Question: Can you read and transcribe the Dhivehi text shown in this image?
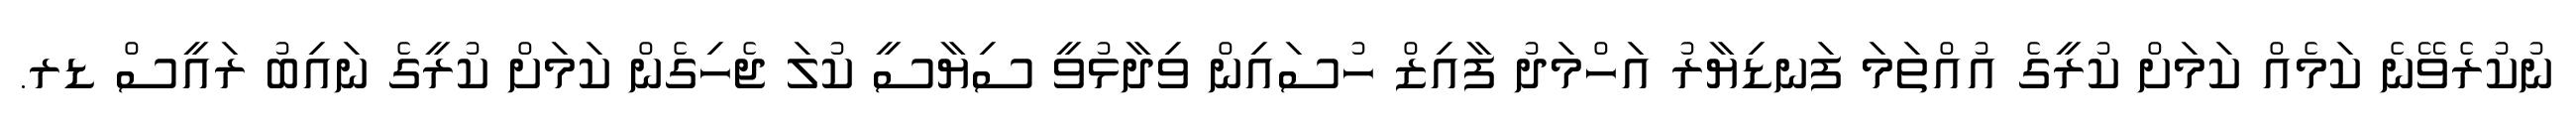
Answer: ނުކުރެވޭނެ ކަމެއް ކަމަށް ކުރީގެ އުއްތަމަ ފަނޑިޔާރު އަހްމަދު ފާއިޒް ހުސައިން ވިދާޅުވީ ސިޔާސީ ކުލަ ޖެހިގެން ކަމަށް ކުރީގެ ނައިބު ރައީސް ޑރ.